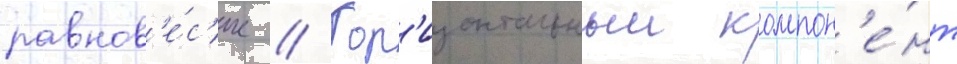
равнов'е́с'ие // Гор'изонтальныи компон'е́нт